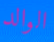
الوالد